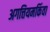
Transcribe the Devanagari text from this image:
अगत्तियमकिंवा